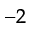
^ { - 2 }